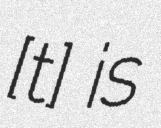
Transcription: [ˈɡɔ̃ʂt͡ʂɛ] is